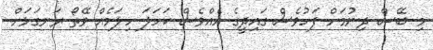
މި ބޭސް ދިނުމަށް ފަހުވެސް ގައިދީގެ އެއްވެސް ކަހަލަ ހިލަމެއް ވޭތޯ ރަނގަޅަށް